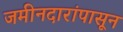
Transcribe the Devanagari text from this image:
जमीनदारांपासून